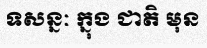
ទសន្នៈ ក្នុង ជាតិ មុន